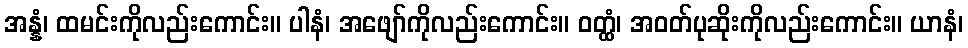
အန္နံ၊ ထမင်းကိုလည်းကောင်း။ ပါနံ၊ အဖျော်ကိုလည်းကောင်း။ ဝတ္ထံ၊ အဝတ်ပုဆိုးကိုလည်းကောင်း။ ယာနံ၊